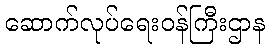
ဆောက်လုပ်ရေးဝန်ကြီးဌာန